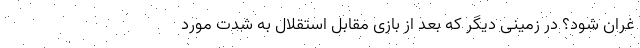
غُرّان شود؟ در زمینی دیگر که بعد از بازی مقابل استقلال به شدت مورد